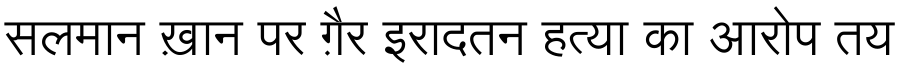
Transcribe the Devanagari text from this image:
सलमान ख़ान पर ग़ैर इरादतन हत्या का आरोप तय